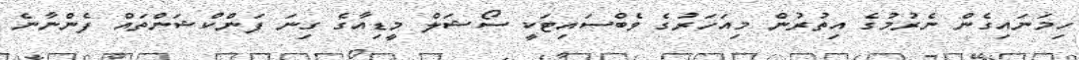
ހިމަނައިގެން ނެރުމުގެ އިތުރުން މިއަހަރުގެ ވެބްސައިޓަކީ ސޯޝަލް މީޑިއާގެ ގިނަ ފަންކްޝަންތައް ފެންނާނެ